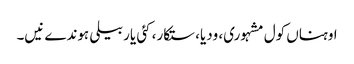
اوہناں کول مشہوری، ودیا، ستکار، کئی یار بیلی ہوندے نیں۔